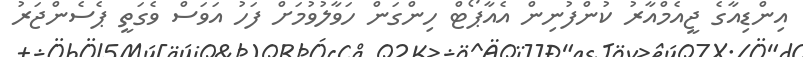
އިންޑިއާގެ ޖީއެމްއާރު ކުންފުނިން އެއާޕޯޓް ހިންގަން ހަވާލުވުމަށް ފަހު އަވަސް ވެގަތީ ޕެސެންޖަރު